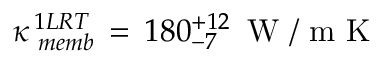
\kappa _ { \, \, m e m b } ^ { \, 1 L R T } \, = \, 1 8 0 _ { - 7 } ^ { + 1 2 } \, \mathrm { ~ W ~ / ~ m ~ K ~ }